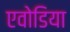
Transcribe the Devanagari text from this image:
एवोडिया